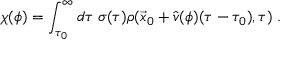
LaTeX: \chi ( \phi ) = \int _ { \tau _ { 0 } } ^ { \infty } d \tau \; \sigma ( \tau ) \rho ( \vec { x } _ { 0 } + \hat { v } ( \phi ) ( \tau - \tau _ { 0 } ) , \tau ) \; .